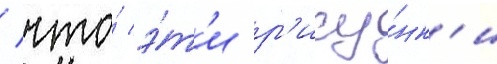
/ что́ э́т'и р'ису́нк'и